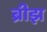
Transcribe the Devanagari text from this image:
ब्रीझ